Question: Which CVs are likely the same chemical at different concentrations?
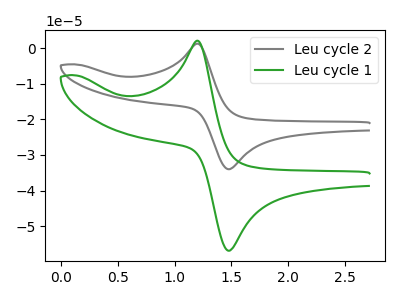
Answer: <think>The gray curve "Leu cycle 2" has an anodic peak at (1.20V, 1.25uA) and a cathodic peak at (1.50V, -34.00uA). The green curve "Leu cycle 1" has an anodic peak at (1.20V, 2.10uA) and a cathodic peak at (1.50V, -56.85uA).
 All the peaks in "Leu cycle 2" have a peak in "Leu cycle 1" at the same potential. Every peak in "Leu cycle 2" is lower than every peak in "Leu cycle 1".</think>
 <answer>"Leu cycle 1" and "Leu cycle 2" have the same shape and are likely CV's of the same chemical.</answer>
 <eval>"Leu cycle 1" "Leu cycle 2"</eval>